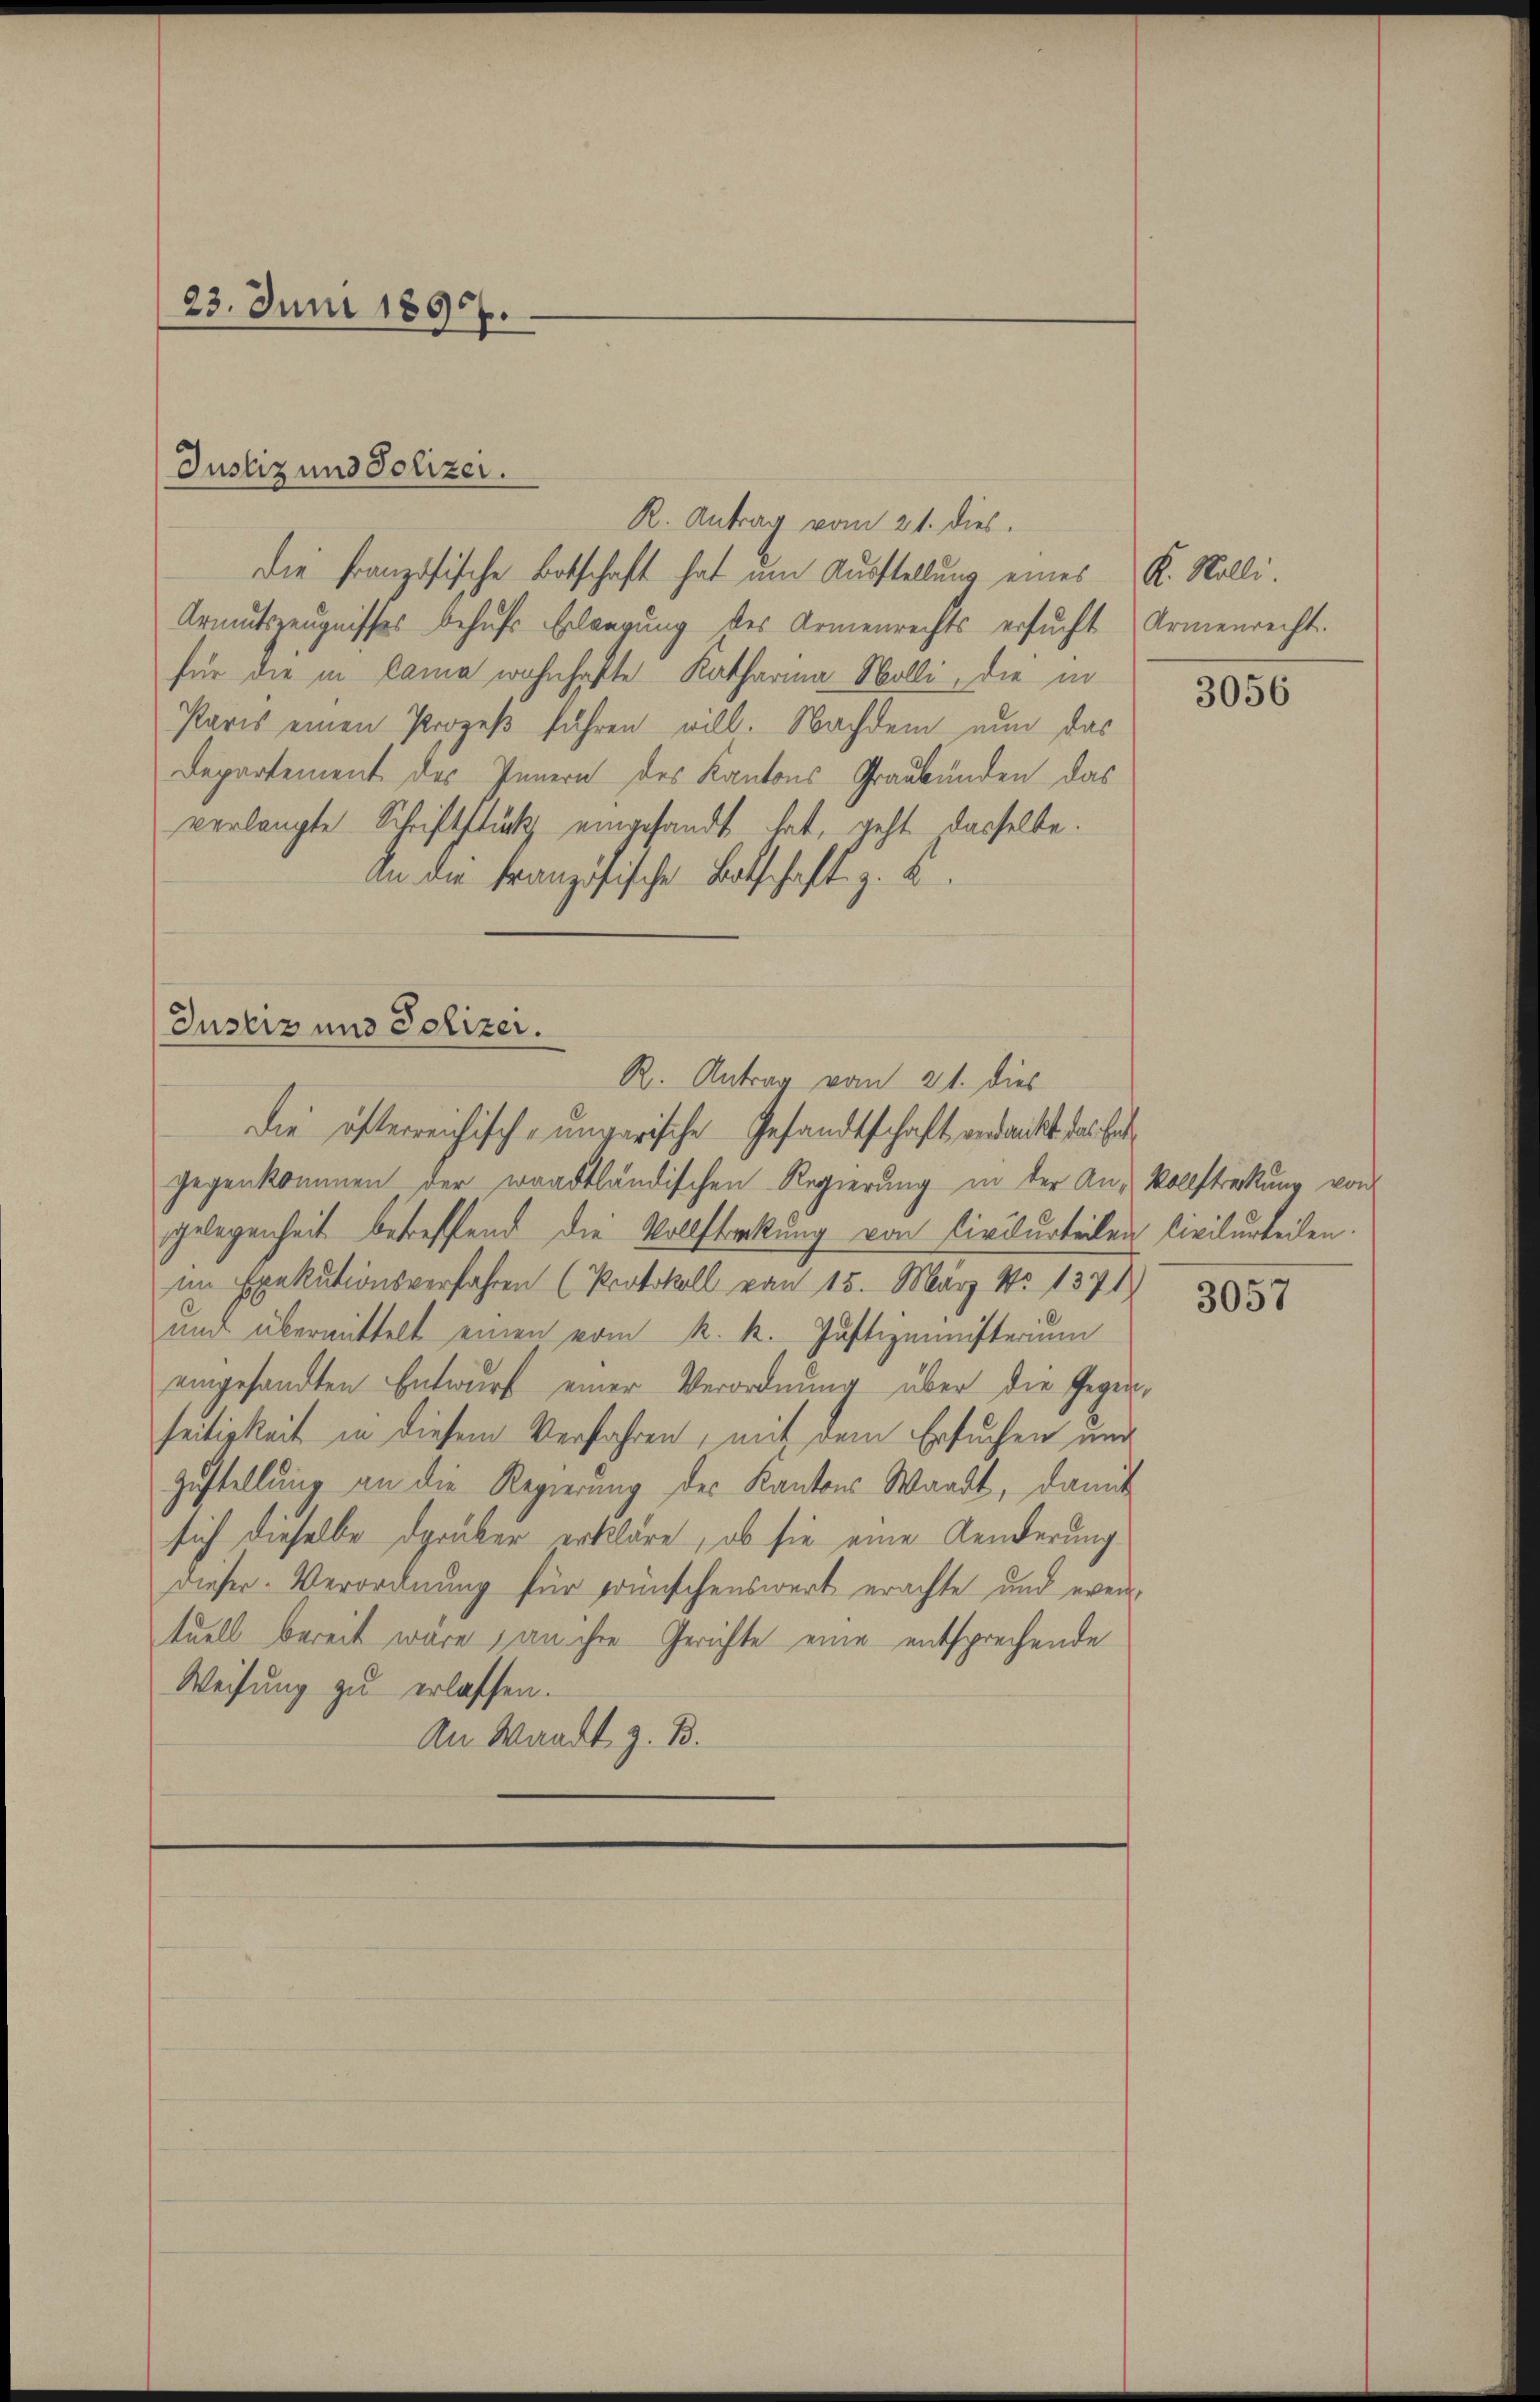
23. Juni 1895.

R. Antrag vom 21. dies
Die Französische Botschaft hat um Ausstellung eines K. Solli¬
Armutszeugnisses behufs Erlangung des Armenrechts ersŭcht Armenrecht.
für die in Cama wohnhafte Katharina Walli, die in
Paris einen Prozeß führen will. Nachdem nun das
Departement des Innern des Kantons Graubünden das
verlangte Schriftstück eingesandt hat, geht dasselbe.
An die Französische Botschaft z. B.

Justiz und Polizei.

Justiz und Polizei.
R. Antrag vom 21. dies
Die öfterreichisch-ungarische Gesandtschaft, endankt das Ent¬

gegenkommen der waadtländischen Regierung in der An-Vollstreckung von
gelegenheit betreffend die Vollstreckung von Civilurteilen Civilurteilen.
im Exekutionsverfahren (Protokoll vom 15. März No 1371
und übermittelt einen vom k. k. Justizministerium
eingesandten Entwurf einer Verordnung über die Gegen-
seitigkeit in diesem Verfahren, mit dem Ersuchen und
zustellung an die Regierung des Kantons Waadt, damit
sich dieselbe darüber erkläre, ob sie eine Aenderung
dieser Verordnung für wünschenswert erachte und even-
tuell bereit wäre, an ihre Gerichte eine entsprechende
Weisung zu erlassen.
An Waadt z. B.

3056

3057